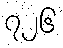
၇၂၆